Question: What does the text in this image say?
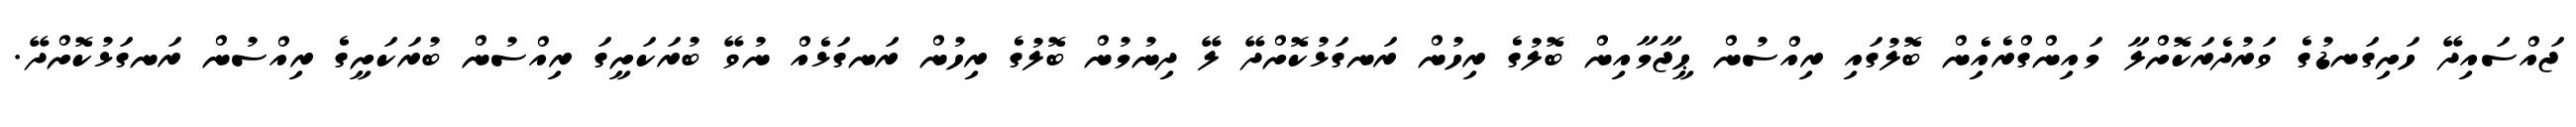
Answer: ޖައްސައިދޭ ހަށިގަނޑުގެ ވަރުދެރަކޮށްލާ މައިންގްރެއެިން ބޮލުގައި ރިއްސުން ޙީޖާމާއިން ބޮލުގެ ރިހުން ރަނގަޅުކޮށްދޭ ލޭ ދިނުމުން ބޮލުގެ ރިހުން ރަނގަޅެއް ނުވޭ ބުރަކަށީގަ ރިއްސުން ބުރަކަށީގެ ރިއްސުން ރަނގަޅުކޮށްދޭ.